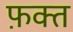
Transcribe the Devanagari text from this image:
फ़क्‍त